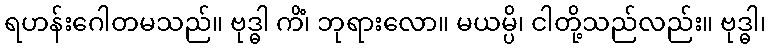
ရဟန်းဂေါတမသည်။ ဗုဒ္ဓါ ကိံ၊ ဘုရားလော။ မယမ္ပိ၊ ငါတို့သည်လည်း။ ဗုဒ္ဓါ၊